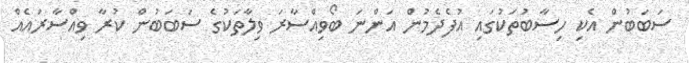
ސަބަބުން އެކި ހިސާބުތަކުގައި އުފެދެމުން އަންނަ ބޯވިއްސާރަ ވިލާތަކުގެ ސަބަބުން ކުރާ ވިއްސާރައެއް